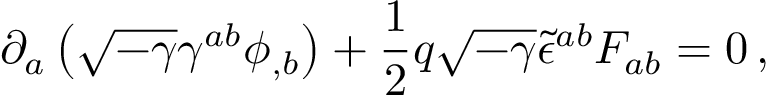
\partial _ { a } \left( \sqrt { - \gamma } \gamma ^ { a b } \phi _ { , b } \right) + \frac { 1 } { 2 } q \sqrt { - \gamma } { \tilde { \epsilon } } ^ { a b } F _ { a b } = 0 \, ,